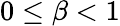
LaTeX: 0\leq\beta<1